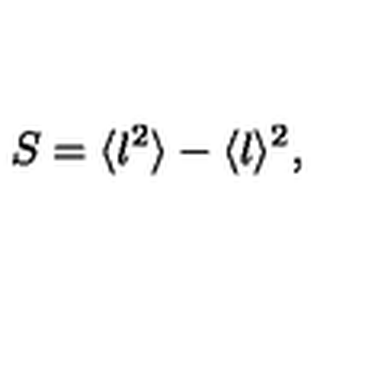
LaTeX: S = \langle l ^ { 2 } \rangle - \langle l \rangle ^ { 2 } , \,